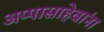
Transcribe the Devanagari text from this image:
अप्पासाहेबांना